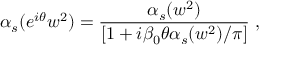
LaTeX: { \alpha } _ { s } ( { e } ^ { i { \theta } } w ^ { 2 } ) = \frac { { \alpha } _ { s } ( w ^ { 2 } ) } { [ 1 + i { \beta } _ { 0 } { \theta } { \alpha } _ { s } ( w ^ { 2 } ) / { \pi } ] } \; ,